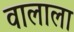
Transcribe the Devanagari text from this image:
वालाला